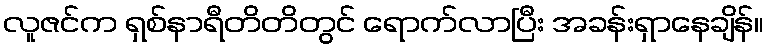
လူဇင်က ရှစ်နာရီတိတိတွင် ရောက်လာပြီး အခန်းရှာနေချိန်။